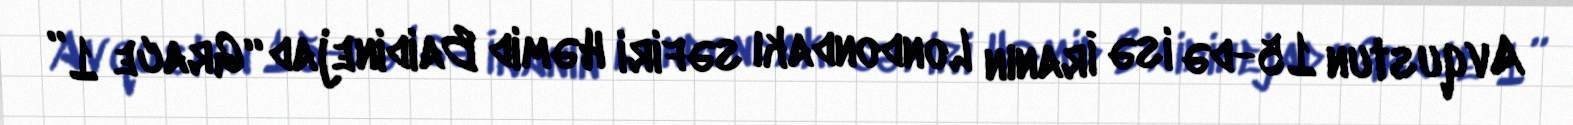
Avqustun 15-də isə İranın Londondakı səfiri Həmid Baidinejad “Grace 1”